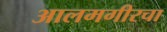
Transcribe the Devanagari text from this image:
आलमगीरचा